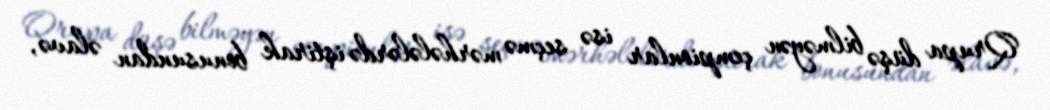
Qrupa düşə bilməyən çempionlar isə seçmə mərhələlərdə iştirak bonusundan əlavə,